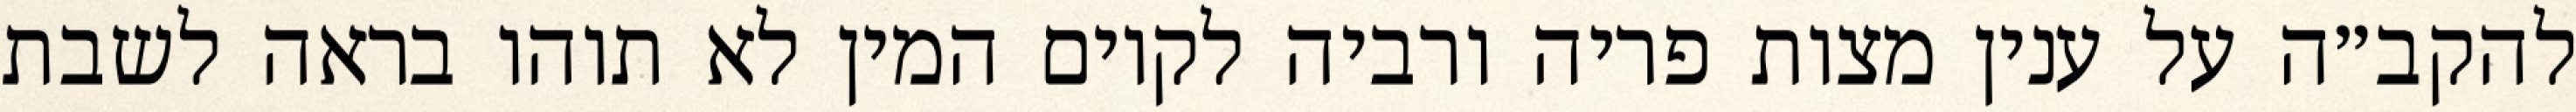
להקב״ה על ענין מצות פריה ורביה לקיום המין לא תוהו בראה לשבת